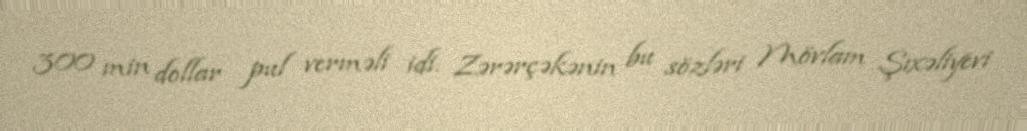
300 min dollar pul verməli idi. Zərərçəkənin bu sözləri Mövlam Şıxəliyevi